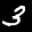
Label: 3